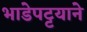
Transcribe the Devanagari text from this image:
भाडेपट्टयाने